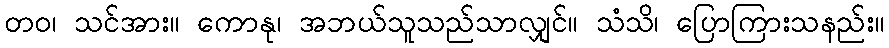
တဝ၊ သင်အား။ ကောနု၊ အဘယ်သူသည်သာလျှင်။ သံသိ၊ ပြောကြားသနည်း။